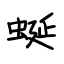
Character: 蜒